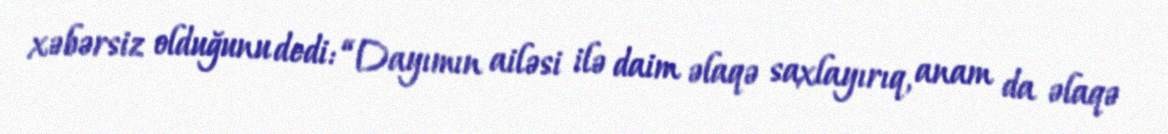
xəbərsiz olduğunu dedi: “Dayımın ailəsi ilə daim əlaqə saxlayırıq, anam da əlaqə